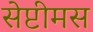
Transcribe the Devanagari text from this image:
सेप्टीमस